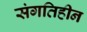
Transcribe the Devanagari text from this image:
संगतिहीन